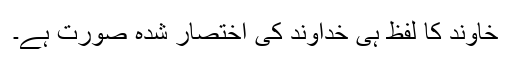
خاوند کا لفظ ہی خداوند کی اختصار شدہ صورت ہے۔